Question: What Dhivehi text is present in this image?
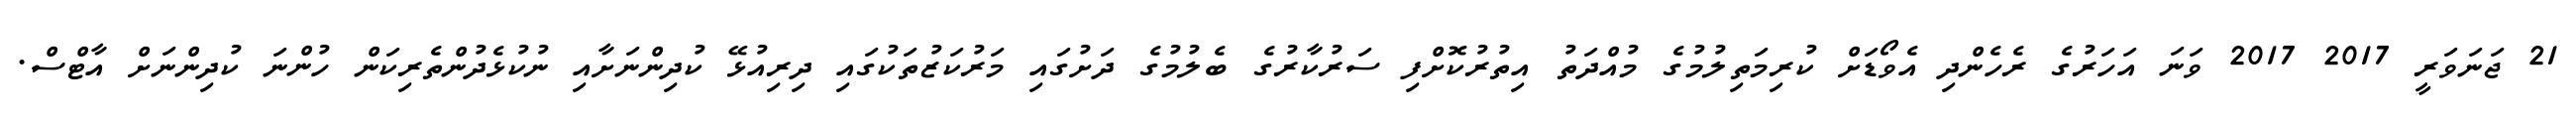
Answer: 21 ޖަނަވަރީ 2017 2017 ވަނަ އަހަރުގެ ރެހެންދި އެވޯޑަށް ކުރިމަތިލުމުގެ މުއްދަތު އިތުރުކޮށްފި ސަރުކާރުގެ ބެލުމުގެ ދަށުގައި މަރުކަޒުތަކުގައި ދިރިއުޅޭ ކުދިންނަށާއި ނުކުޅެދުންތެރިކަން ހުންނަ ކުދިންނަށް އާޓްސް.